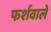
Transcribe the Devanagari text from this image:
फर्शवाले